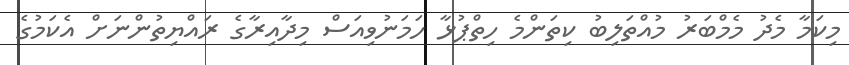
މިކަމާ މެދު މެމްބަރު މުއްތަލިބު ކިތަންމެ ހިތްޕުޅާ ހަމަނުވިއަސް މިދާއިރާގެ ރައްޔިތުންނަށް އެކަމުގެ